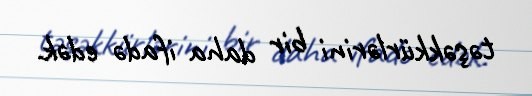
təşəkkürlərini bir daha ifadə edək.